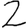
Digit: 2